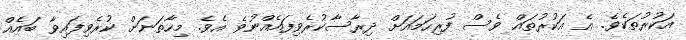
އަކުރުތަކެވެ. އެ އަކުރުތައް ވެސް ފުރިހަމައަށް ދިރާސާކުރެވިފައެއްނުވެ އެވެ. މިހާތަނަށް ކުރެވިފައިވާ ބައެއް